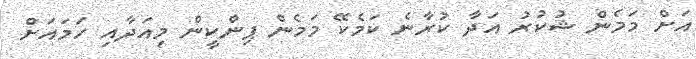
އަށް މަމެން ޝުކުރު އަދާ ކުރާނެ ކަމެކޭ މަމެން ޕިންކީން މިއަދާއި ހަމައަށް